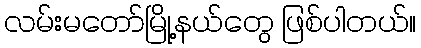
လမ်းမတော်မြို့နယ်တွေ ဖြစ်ပါတယ်။